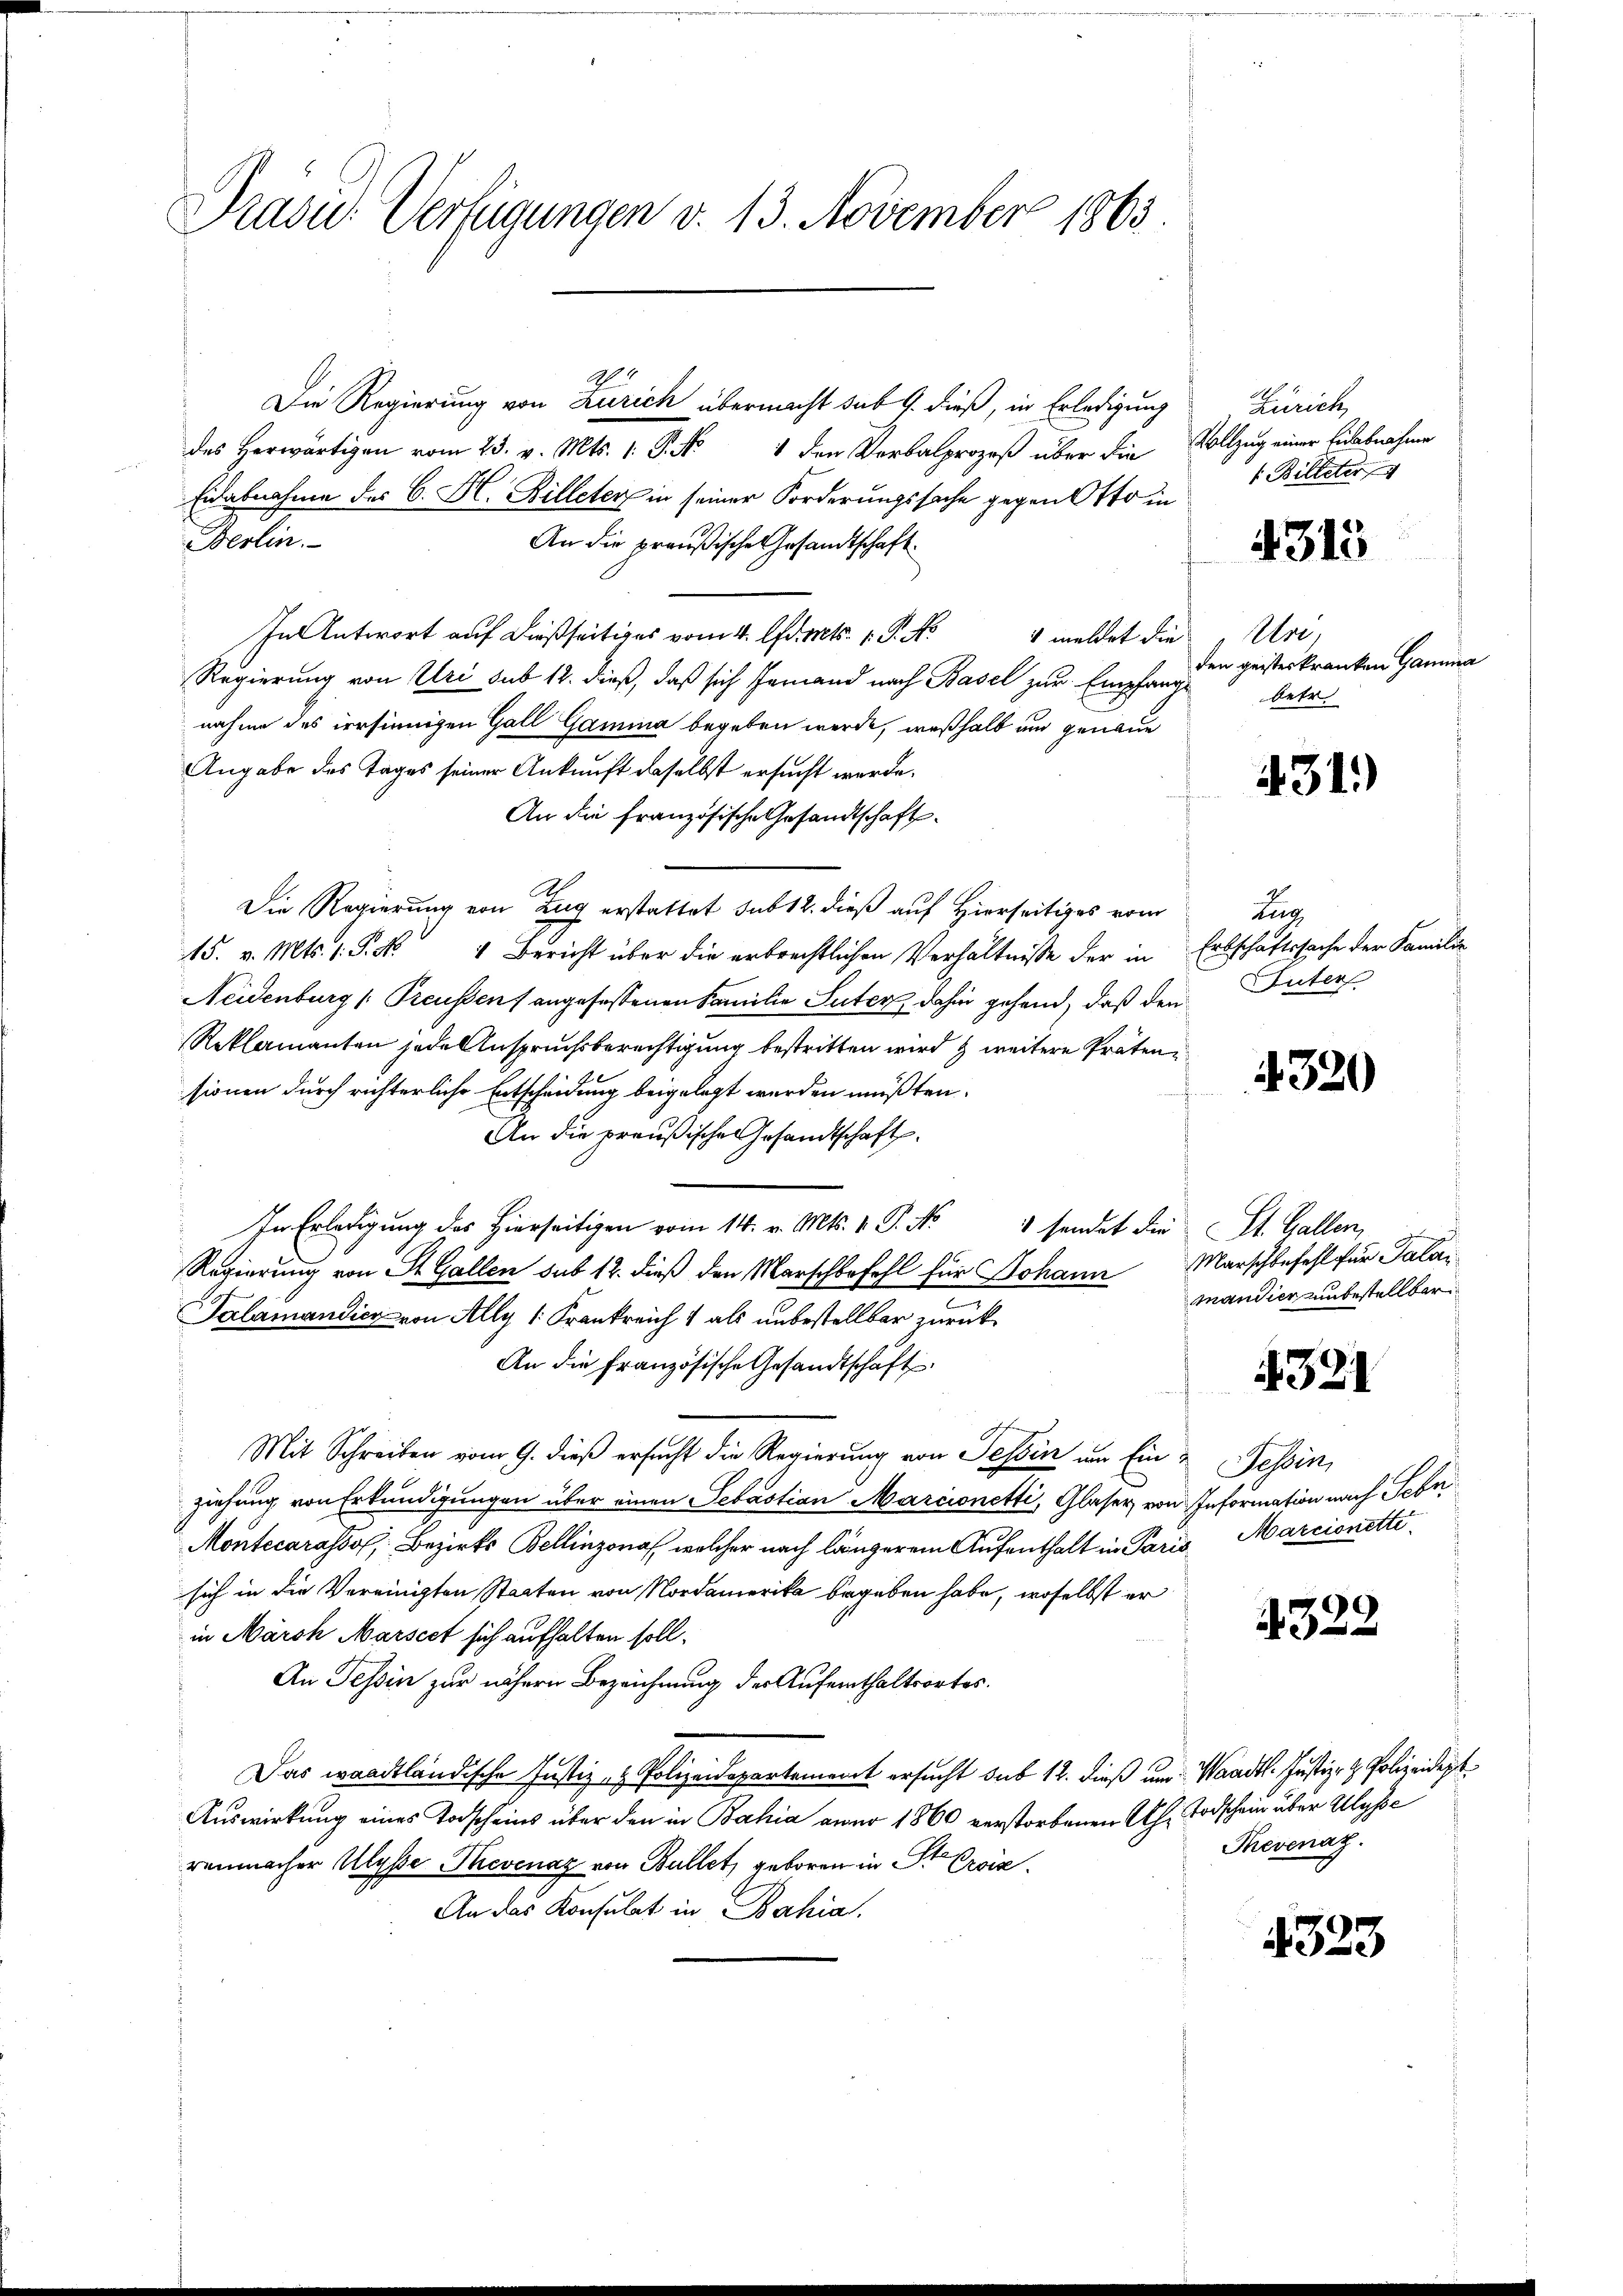
Präsid. Verfügungen v. 13. November 1863.

Die Regierung von Zürich übermacht sub 9. dieß, in Erledigung
des Herwärtigen vom 23. v. Mts. v. J. N. 4 den Verbalprozeß über die Vollzug einer Eilebnahme
Eidabnahme des C. H. Billeter in seiner Forderungssache gegen Otto in
Berlin.
An die preußische Gesandtschaft
In Antwort auf dießseitiges vom 4. Apr. Mts. 1. P. Nr. 4 meldet die
Regierung von Uri sub 12. dieß, daß sich Jemand nach Basel zur Empfange
nahme des irrsinnigen Gall Gamina begeben werde, weßhalb und genaue
Angabe des Tages seiner Ankunft daselbst ersucht werde.
An die französische Gesandtschaft
Die Regierung von Zug erstattet sub 12. dieß auf Hierseitiges vom
15. v. Mts. 1. P. Nr. 4 Bericht über die erbrechtlichen Verhältnisse der in Erbschaftssache der Familie
Neidenburg (Preußen) angefassenen Familie Suter dahin gehend, daß den
Reklamanten jede Anspruchsberechtigung bestritten wird & weitere Präten
sionen durch richterliche Entscheidung beigelegt werden müßten.
nichten
An die preußische Gesandtschaft
In Erledigung des Hierseitigen vom 14. v. Mts. v. J. No 4 sendet die St. Gallen,
Regierung von St. Gallen sub 12. dieß den Marschbefehl für Johann Marschbefehl für Palai
Talamandier von Ally 1. Frankreich 1 als unbestellbar zurück¬
An die französische Gesandtschäft
Mit Schreiben vom 9. dieß ersucht die Regierung von Tessin um Ein Tessin,
ziehung von Erkundigungen über einen Sebastian Marcionetti, Glaser, von Information nach Schn
Montecarasso, Bezirks Bellinzona, welcher nach längerem Aufenthalt in Paris Marcionettisich in die Vereinigten Staaten von Nordamerika begeben habe, woselbst er
in March Marsect sich aufhalten soll.
An Tessin zur nähern Bezeichnung der Aufenthaltsortes.
Das waadtländische Justiz- & Polizeidepartement ersucht sub 12. dieß um Waadt. Justiz- & Polizeidept¬
Auswirkung eines Todscheins über den in Bahia aner 1860 verstorbenen Uhr Todschein über Ulysse
renmacher Ulysse Thevenaz von Bullet, geboren in St. Orviz.
An das Konsulat in Bahia

Ao. 1

Zürich,
1 Billeter

4313

Uri,
den geisteskranken Gamma
betr

31.)

tus.
Unter

4320

mandier unbestellbar

321

4322

Thevenaz.

4323